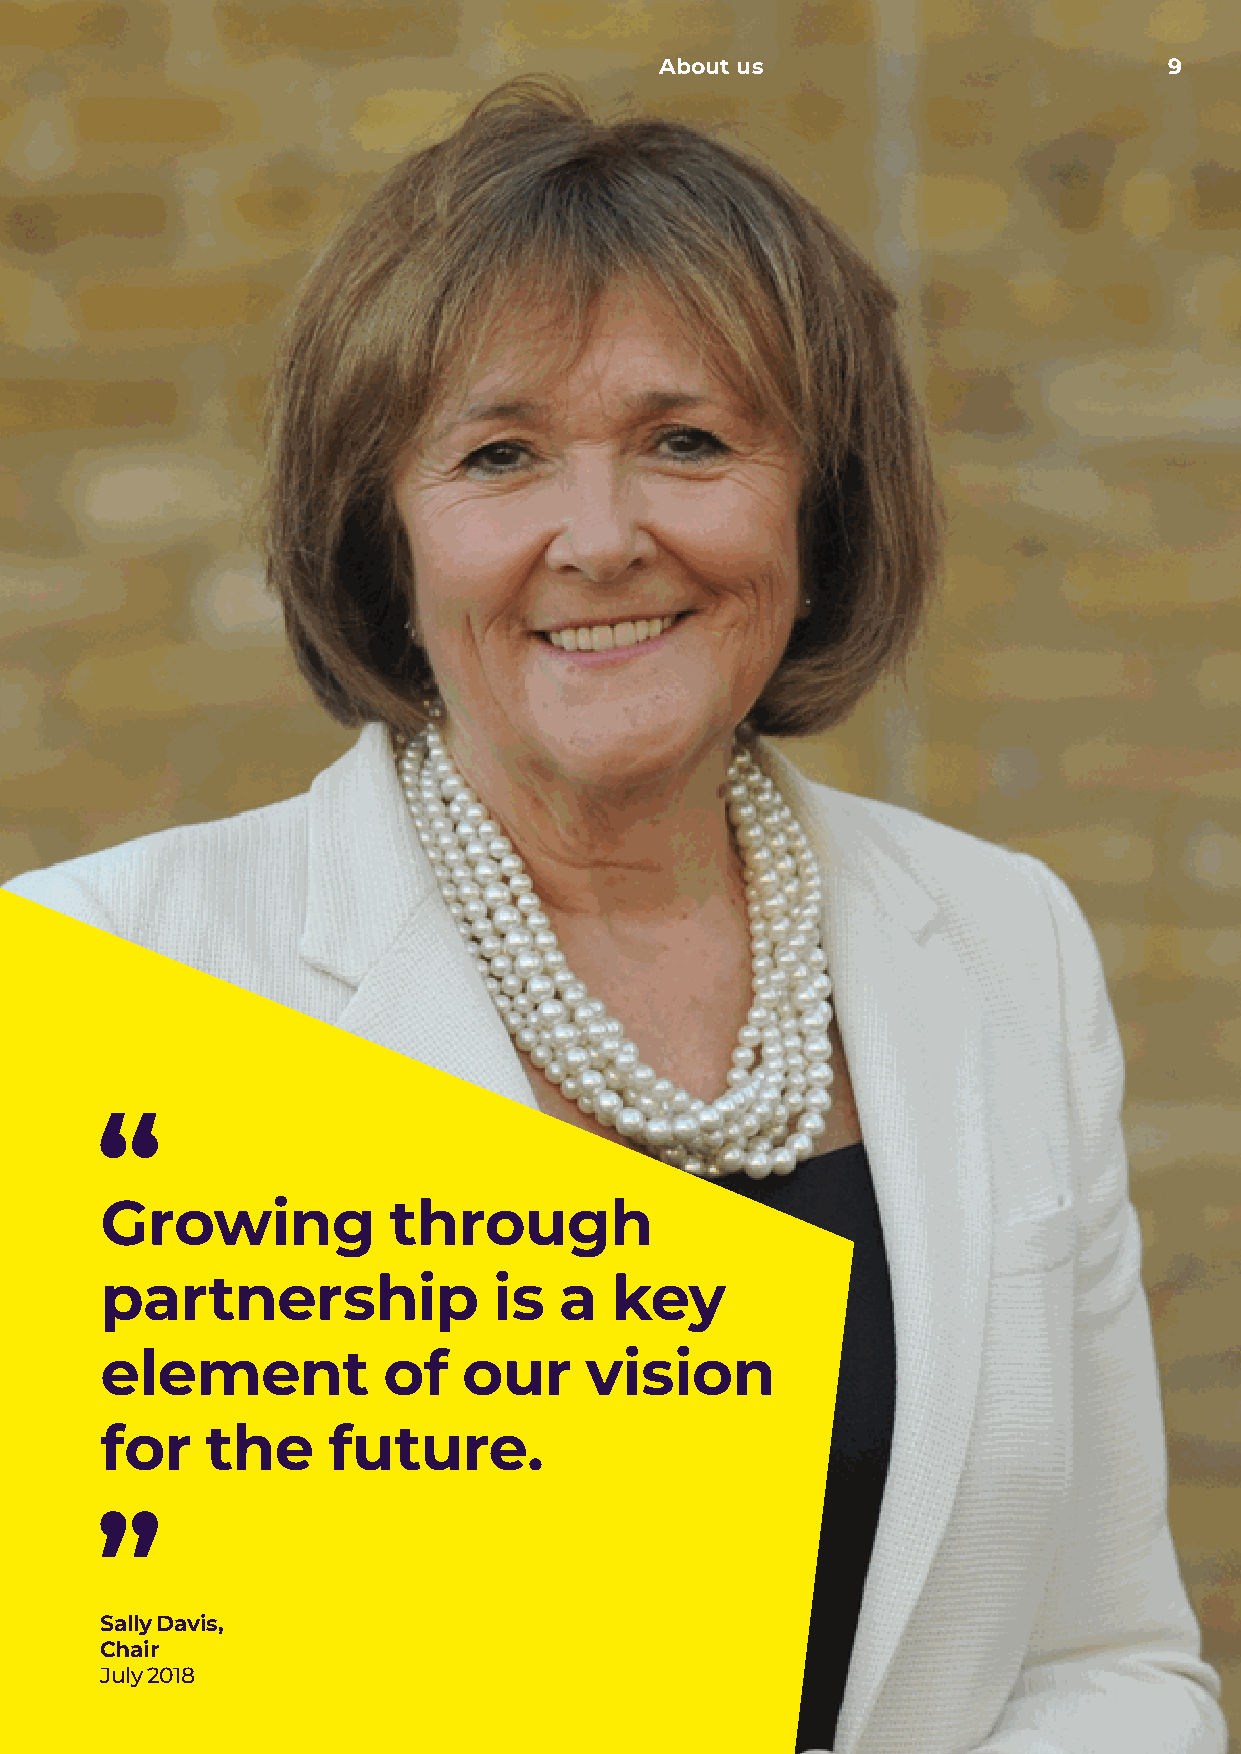
About us                         9
 Growing            through
 partnership               is  a  key
 element           of    our     vision
 for    the     future.
 Sally Davis,
 Chair
 July 2018